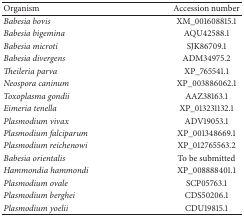
<table><thead><tr><td><b>Organism</b></td><td><b>Accession number</b></td></tr></thead><tbody><tr><td><i>Babesia bovis</i></td><td>XM_001608815.1</td></tr><tr><td><i>Babesia bigemina</i></td><td>AQU42588.1</td></tr><tr><td><i>Babesia microti</i></td><td>SJK86709.1</td></tr><tr><td><i>Babesia divergens</i></td><td>ADM34975.2</td></tr><tr><td><i>Theileria parva</i></td><td>XP_765541.1</td></tr><tr><td><i>Neospora caninum</i></td><td>XP_003886062.1</td></tr><tr><td><i>Toxoplasma gondii</i></td><td>AAZ38163.1</td></tr><tr><td><i>Eimeria tenella</i></td><td>XP_013231132.1</td></tr><tr><td><i>Plasmodium vivax</i></td><td>ADV19053.1</td></tr><tr><td><i>Plasmodium falciparum</i></td><td>XP_001348669.1</td></tr><tr><td><i>Plasmodium reichenowi</i></td><td>XP_012765563.2</td></tr><tr><td><i>Babesia orientalis</i></td><td>To be submitted</td></tr><tr><td><i>Hammondia hammondi</i></td><td>XP_008888401.1</td></tr><tr><td><i>Plasmodium ovale</i></td><td>SCP05763.1</td></tr><tr><td><i>Plasmodium berghei</i></td><td>CDS50206.1</td></tr><tr><td><i>Plasmodium yoelii</i></td><td>CDU19815.1</td></tr></tbody></table>